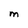
Character: m